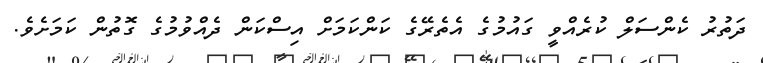
ދަތުރު ކެންސަލް ކުރެއްވީ ގައުމުގެ އެެތެރޭގެ ކަންކަމަށް އިސްކަން ދެއްވުމުގެ ގޮތުން ކަމަށެވެ.